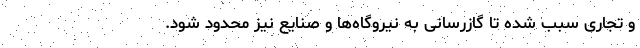
و تجاری سبب شده تا گازرسانی به نیروگاه‌ها و صنایع نیز محدود شود.